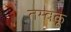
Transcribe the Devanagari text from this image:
तम्बकू